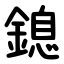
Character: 鎴